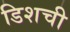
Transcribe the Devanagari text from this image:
डिशची